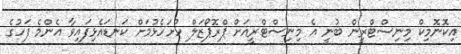
އިކޮނޮމިކް މިނިސްޓްރީން ބުނީ އެ މިނިސްޓްރީއަށް ޕްރޮޕޯޒަލް ހުށަހެޅުމަށް ކަނޑައެޅިފައިވާ އެންމެ ފަހުގެ